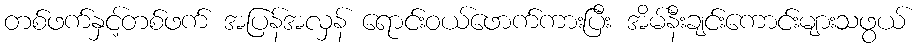
တစ်ဖက်နှင့်တစ်ဖက် အပြန်အလှန် ရောင်းဝယ်ဖောက်ကားပြီး အိမ်နီးချင်းကောင်းများသဖွယ်